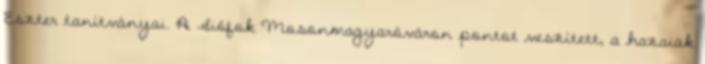
Eszter tanítványai. A Siófok Mosonmagyaróváron pontot veszített, a hazaiak